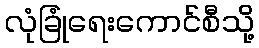
လုံခြုံရေးကောင်စီသို့